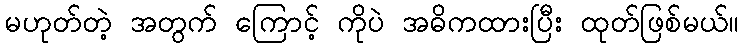
မဟုတ်တဲ့ အတွက် ကြောင့် ကိုပဲ အဓိကထားပြီး ထုတ်ဖြစ်မယ်။